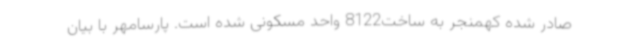
صادر شده کهمنجر به ساخت8122 واحد مسکونی شده است. پارسامهر با بیان